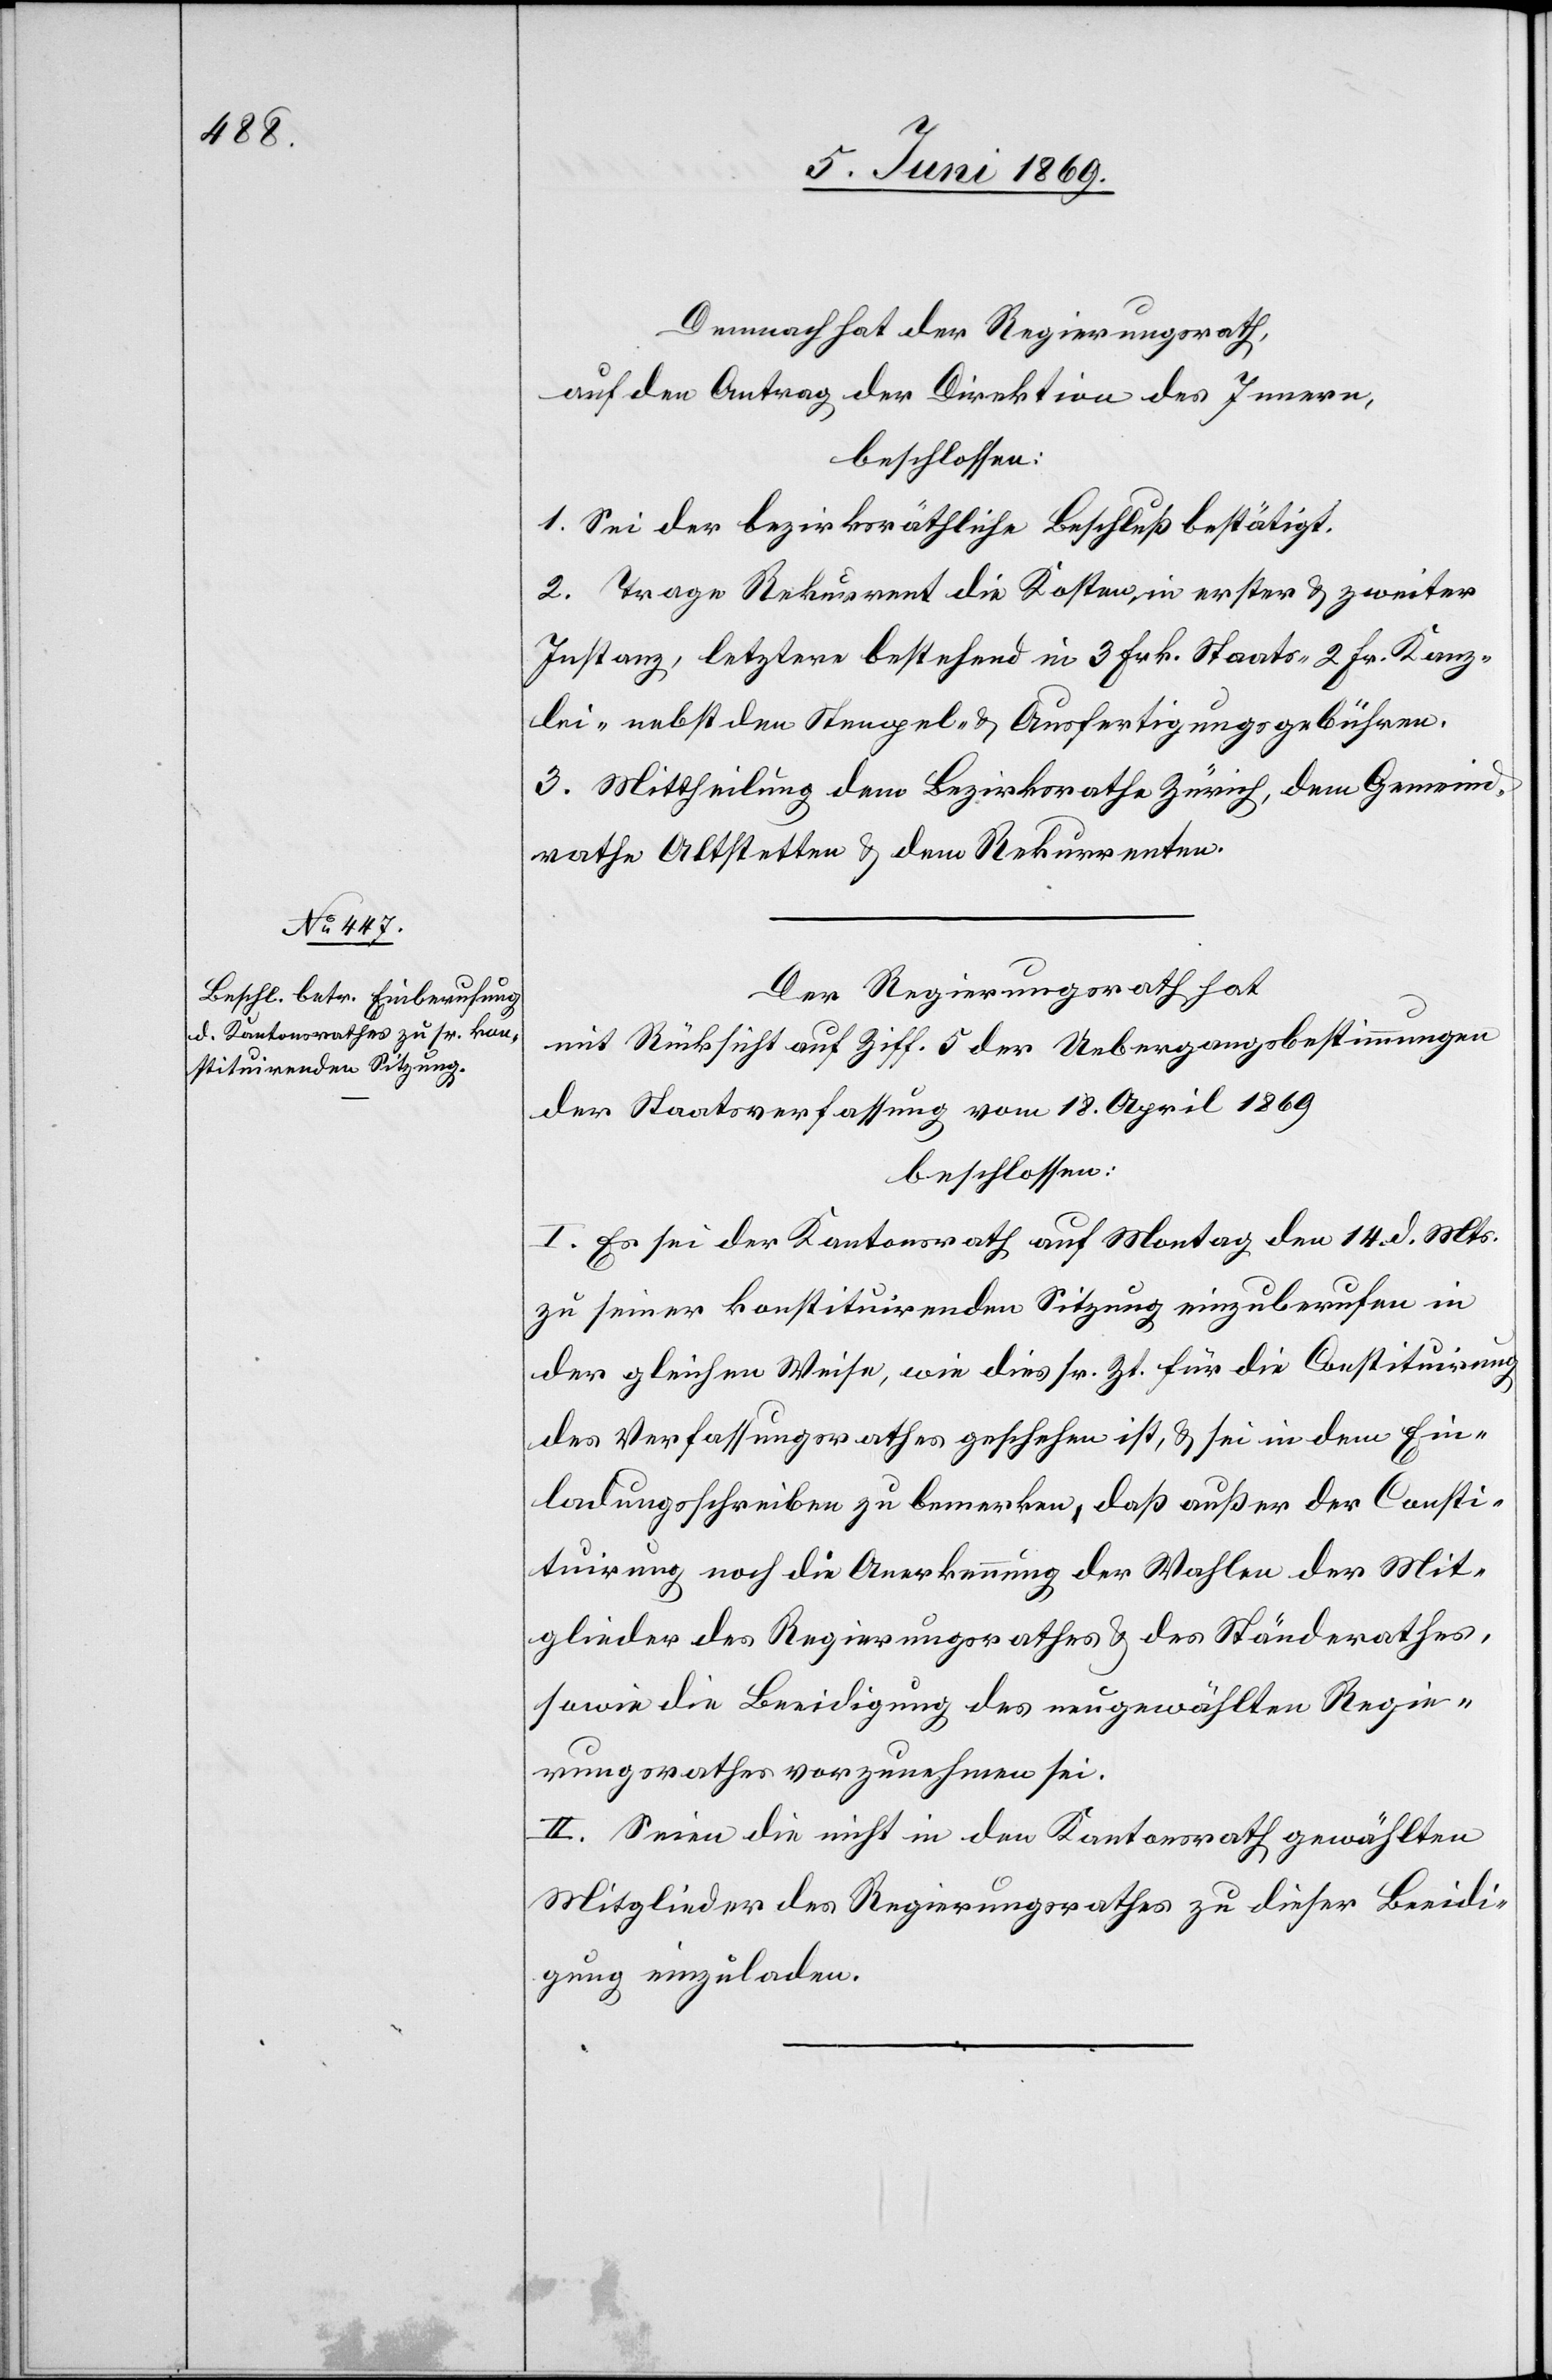
Demnach hat der Regierungsrath,
auf den Antrag der Direktion des Innern,
beschlossen:
1. Sei der bezirksräthliche Beschluß bestätigt.
2. Trage Rekurrent die Kosten, in erster u. zweiter
Instanz, letztere bestehend in 3 Frk. Staats- 2 Fr. Kanz¬
lei- nebst den Stempel- u. Ausfertigungsgebühren.
3. Mittheilung dem Bezirksrathe Zürich, dem Gemeind¬
rathe Altstetten u. dem Rekurrenten.
Der Regierungsrath hat,
mit Rücksicht auf Ziff. 5 der Uebergangsbestimmungen
der Staatsverfassung vom 18 April 1869
beschlossen:
Es sei der Kantonsrath auf Monat den 14 d. Mts.
zu seiner konstituirenden Sitzung einzuberufen in
der gleichen Weise, wie dies sr. Zt. für die Constituirung
des Verfassungsrathes geschehen ist, u. sei in dem Ein¬
ladungsschreiben zu bemerken, daß außer der Consti¬
tuirung noch die Anerkennung der Wahlen der Mit¬
glieder des Regierungsrathes u. des Ständerathes,
sowie die Beeidigung des neugewählten Regie¬
rungsrathes vorzunehmen sei.
II. Seien die nicht in den Kantonsrath gewählten
Mitglieder des Regierungsrathes zu dieser Beeidi¬
gung einzuladen.